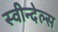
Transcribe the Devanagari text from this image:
स्वीन्देल्स